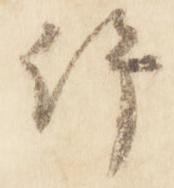
許